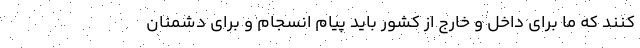
کنند که ما برای داخل و خارج از کشور باید پیام انسجام و برای دشمنان